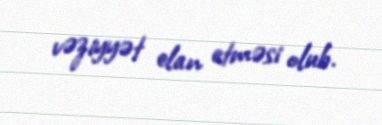
vəziyyət elan etməsi olub.